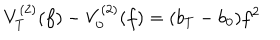
LaTeX: V _ { T } ^ { ( 2 ) } ( f ) - V _ { 0 } ^ { ( 2 ) } ( f ) = ( b _ { T } - b _ { 0 } ) f ^ { 2 }